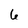
Character: 6